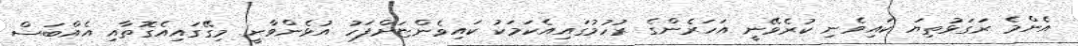
އެންމެ ރަގަޅުތިޔަ ކައިވެނި ކުރެވޭނީ އަހަރެންގެ ރުހުމުގައިއެކަމަކު ކައިވެންޏަށްފަހު އުޅެންވާނީ މިގޭގައިއެގޮތާއި އެއްބަސް